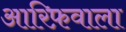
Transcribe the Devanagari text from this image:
आरिफ़वाला